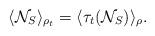
LaTeX: \begin{align*} \langle \mathcal{N}_{S} \rangle_{\rho_t} = \langle \tau_t( \mathcal{N}_{S}) \rangle_{\rho} .\end{align*}